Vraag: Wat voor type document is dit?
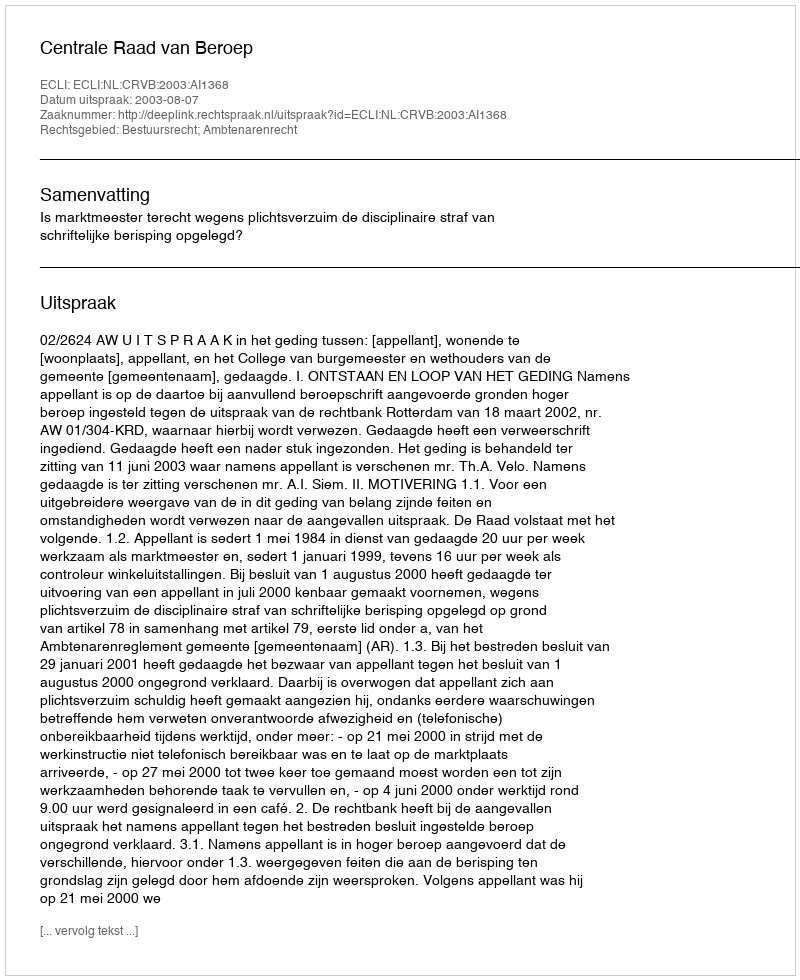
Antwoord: Uitspraak